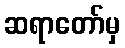
ဆရာတော်မှ